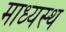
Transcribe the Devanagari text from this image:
माध्यस्थ